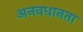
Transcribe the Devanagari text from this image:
अनवधानता